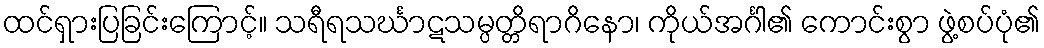
ထင်ရှားပြခြင်းကြောင့်။ သရီရသင်္ဃာဋသမ္ပတ္တိရာဂိနော၊ ကိုယ်အင်္ဂါ၏ ကောင်းစွာ ဖွဲ့စပ်ပုံ၏